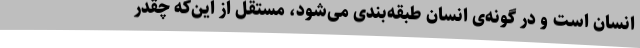
انسان است و در گونه‌ی انسان طبقه‌بندی می‌شود، مستقل از این‌که چقدر